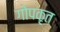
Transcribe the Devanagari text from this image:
गोपकृत